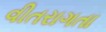
વીતરાગતા